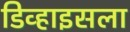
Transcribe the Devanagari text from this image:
डिव्हाइसला